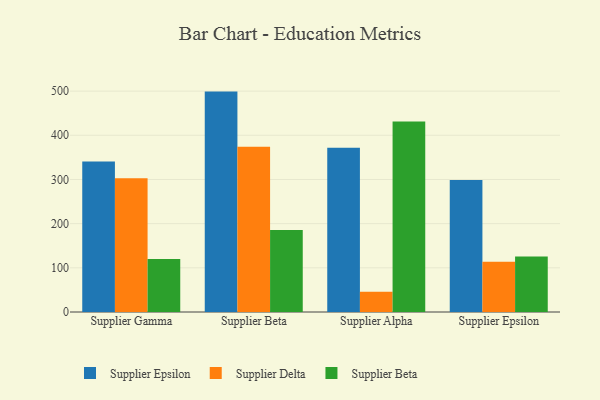
{"axis": {"x": "Supplier", "y": "Market Share (%)"}, "legend": ["Supplier Beta", "Supplier Delta", "Supplier Epsilon"], "data": [{"x": "Supplier Gamma", "y": 340.6, "type": "Supplier Epsilon"}, {"x": "Supplier Gamma", "y": 302.5, "type": "Supplier Delta"}, {"x": "Supplier Gamma", "y": 119.8, "type": "Supplier Beta"}, {"x": "Supplier Beta", "y": 498.9, "type": "Supplier Epsilon"}, {"x": "Supplier Beta", "y": 373.8, "type": "Supplier Delta"}, {"x": "Supplier Beta", "y": 185.4, "type": "Supplier Beta"}, {"x": "Supplier Alpha", "y": 371.9, "type": "Supplier Epsilon"}, {"x": "Supplier Alpha", "y": 45.9, "type": "Supplier Delta"}, {"x": "Supplier Alpha", "y": 431.3, "type": "Supplier Beta"}, {"x": "Supplier Epsilon", "y": 298.9, "type": "Supplier Epsilon"}, {"x": "Supplier Epsilon", "y": 113.5, "type": "Supplier Delta"}, {"x": "Supplier Epsilon", "y": 125.8, "type": "Supplier Beta"}]}